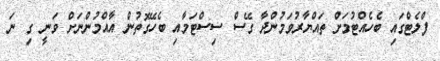
ފްލެޓްގައި ބެހެއްޓުމަށް ތައްޔާރުވަމުންދާ ގޭސް ސިސްޓަމާއި ބެހޭގޮތުން އާއްމުންނަށް ވަނީ ގި ނަ